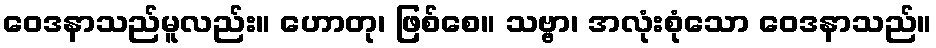
ဝေဒနာသည်မူလည်း။ ဟောတု၊ ဖြစ်စေ။ သဗ္ဗာ၊ အလုံးစုံသော ဝေဒနာသည်။